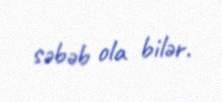
səbəb ola bilər.